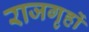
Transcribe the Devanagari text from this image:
राजगृहों